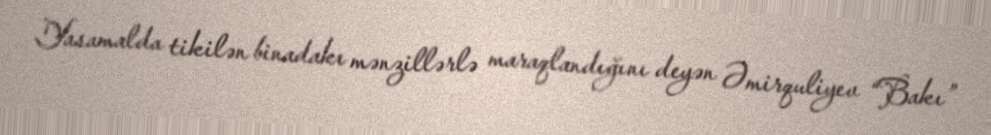
Yasamalda tikilən binadakı mənzillərlə maraqlandığını deyən Əmirquliyev “Bakı”